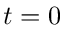
t = 0